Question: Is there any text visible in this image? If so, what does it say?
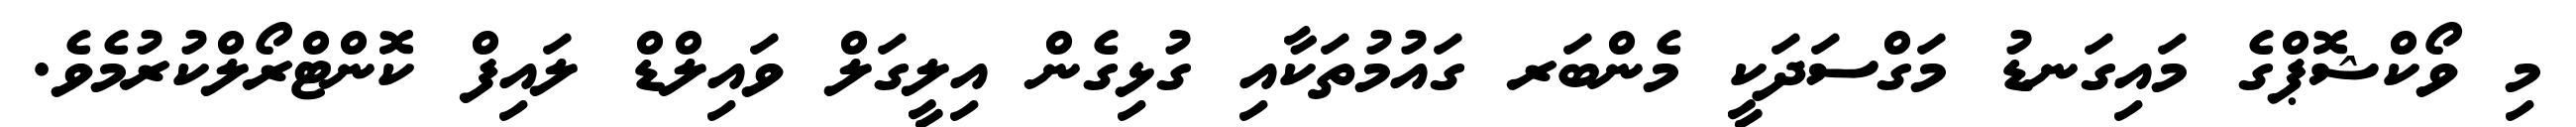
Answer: މި ވޯކްޝޮޕްގެ މައިގަނޑު މަގްސަދަކީ މެންބަރ ގައުމުތަކާއި ގުޅިގެން އިލީގަލް ވައިލްޑް ލައިފް ކޮންޓްރޯލްކުރުމެވެ.